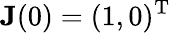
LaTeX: {\mathbf{J}(0)=(1,0)^{\mathrm{T}}}